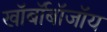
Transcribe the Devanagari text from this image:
खॉर्बॉबॉजॉय